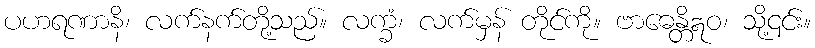
ပဟရဏာနိ၊ လက်နက်တို့သည်။ လက္ခံ၊ လက်မှန် တိုင်ကို။ ဗာဓေန္တိဣဝ၊ သို့၎င်း။